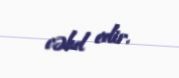
cəhd edir.